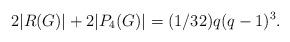
LaTeX: \begin{align*}2|R(G)|+2|P_4(G)|=(1/32) q (q-1)^3. \end{align*}